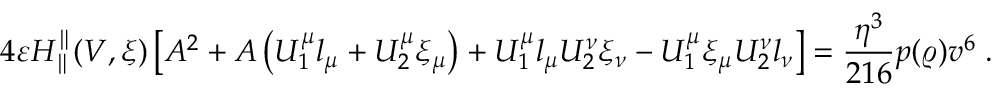
4 \varepsilon H _ { \parallel } ^ { \parallel } ( V , \xi ) \left[ A ^ { 2 } + A \left( U _ { 1 } ^ { \mu } l _ { \mu } + U _ { 2 } ^ { \mu } \xi _ { \mu } \right) + U _ { 1 } ^ { \mu } l _ { \mu } U _ { 2 } ^ { \nu } \xi _ { \nu } - U _ { 1 } ^ { \mu } \xi _ { \mu } U _ { 2 } ^ { \nu } l _ { \nu } \right] = \frac { \eta ^ { 3 } } { 2 1 6 } p ( \varrho ) v ^ { 6 } \; .